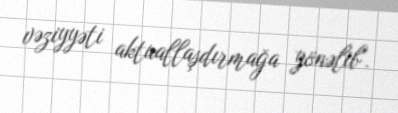
vəziyyəti aktuallaşdırmağa yönəlib".